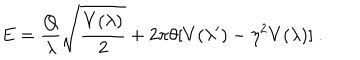
E = \frac { Q } { \lambda } \sqrt { \frac { V ( \lambda ) } { 2 } } + 2 \pi \theta [ V ( \lambda ^ { \prime } ) - \eta ^ { 2 } V ( \lambda ) ] ~ .